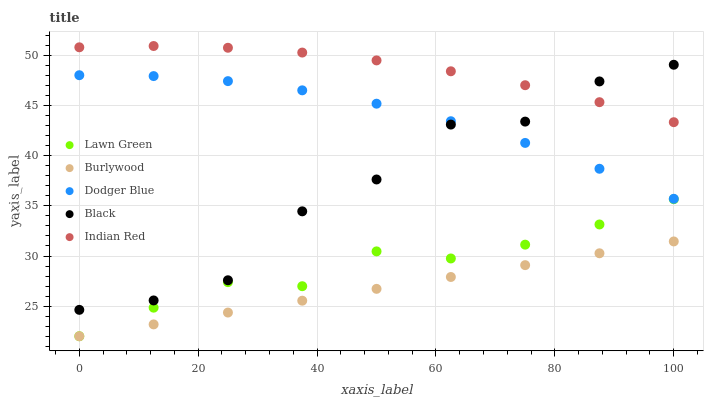
| xaxis_label | Lawn Green | Burlywood | Dodger Blue | Black | Indian Red |
 | --- | --- | --- | --- | --- | --- |
 | 0 | 22 | 22 | 48 | 24.6 | 50.8 |
 | 12.5 | 24.8 | 23.2 | 47.9 | 25.6 | 50.9 |
 | 25 | 27.4 | 24.4 | 47.4 | 27.6 | 50.8 |
 | 37.5 | 27 | 25.5 | 46.5 | 34.5 | 50.3 |
 | 50 | 30.5 | 26.7 | 45.2 | 37.6 | 49.5 |
 | 62.5 | 29.8 | 27.9 | 43.4 | 43.1 | 48.4 |
 | 75 | 31.1 | 29.1 | 41.3 | 43.4 | 47 |
 | 87.5 | 33.1 | 30.3 | 38.7 | 47.4 | 45.3 |
 | 100 | 35.7 | 31.5 | 35.7 | 49.1 | 43.3 |